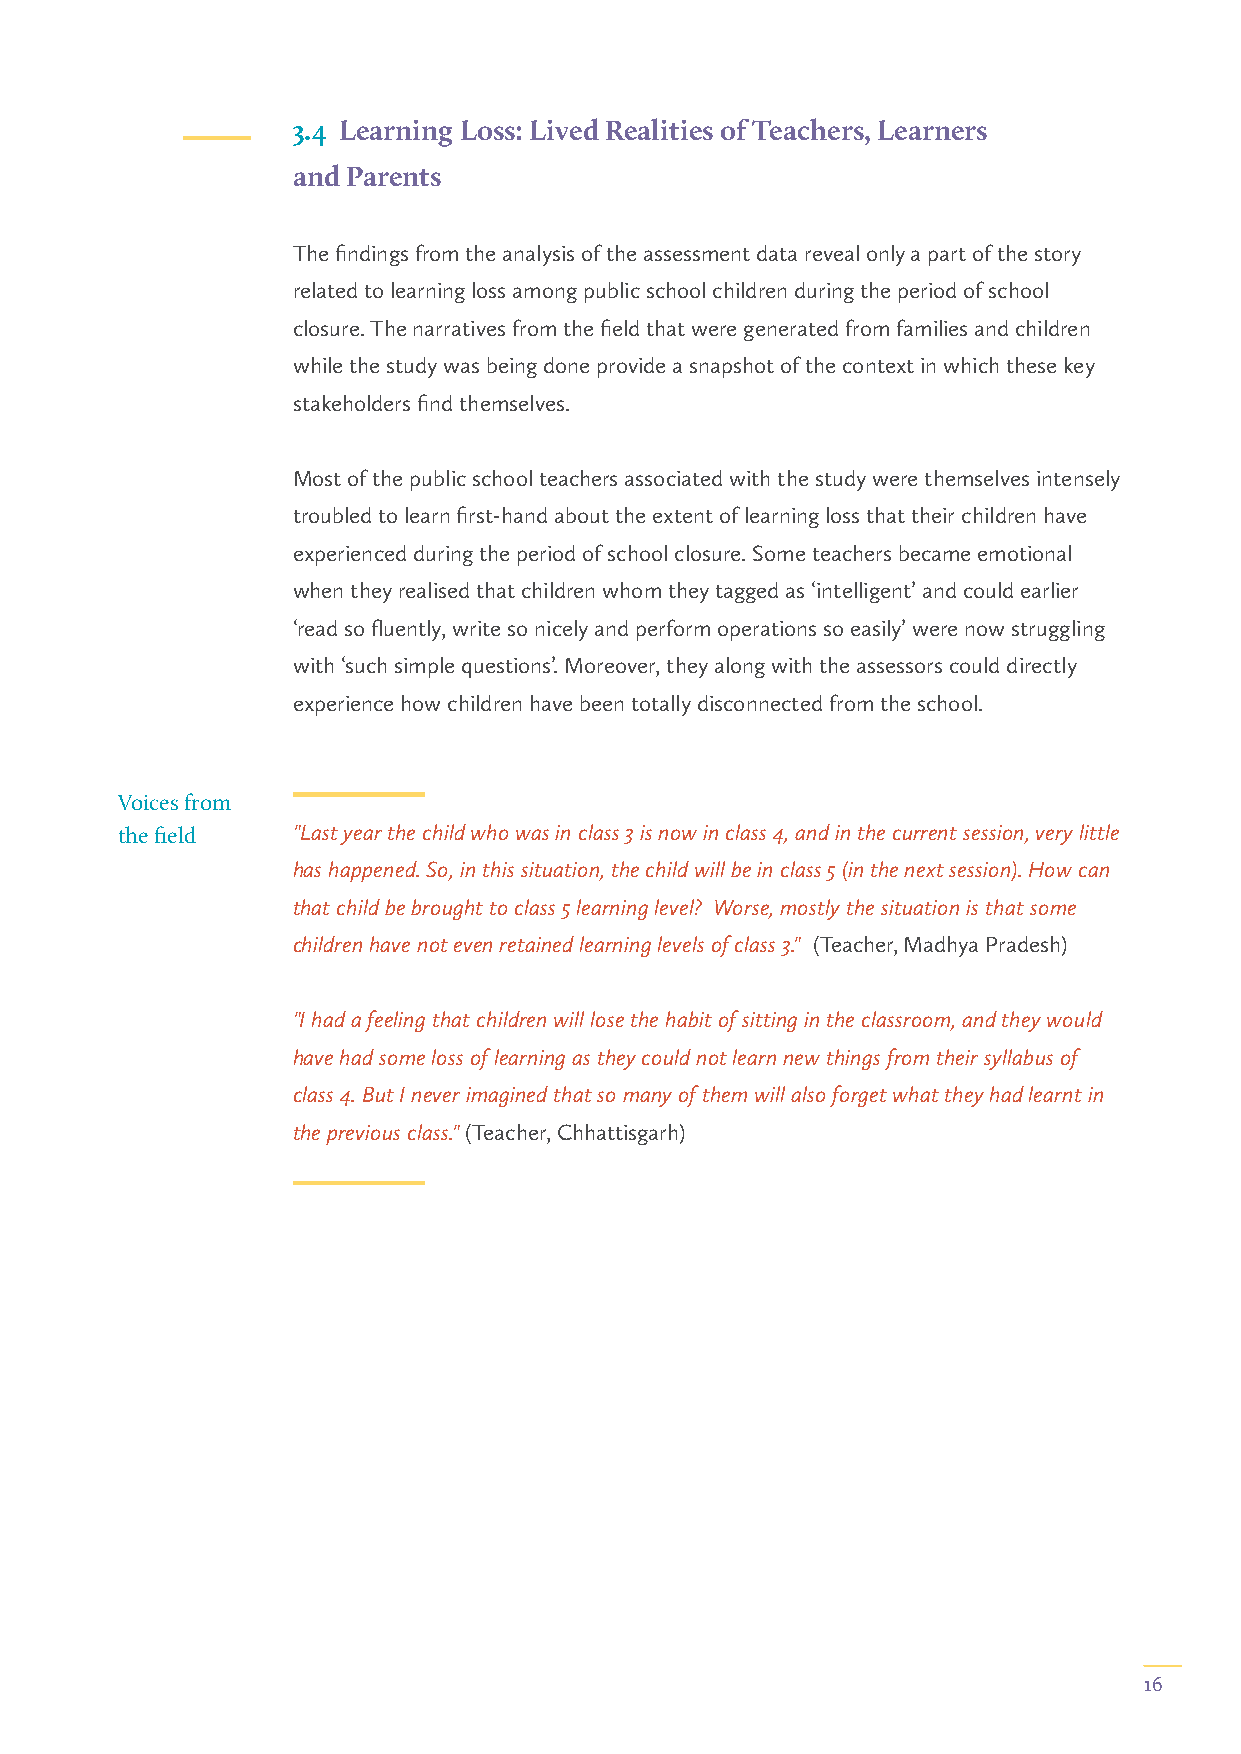
3.4 Learning Loss: Lived Realities of Teachers, Learners
 and Parents
 The findings from the analysis of the assessment data reveal only a part of the story
 related to learning loss among public school children during the period of school
 closure. The narratives from the field that were generated from families and children
 while the study was being done provide a snapshot of the context in which these key
 stakeholders find themselves.
 Most of the public school teachers associated with the study were themselves intensely
 troubled to learn first-hand about the extent of learning loss that their children have
 experienced during the period of school closure. Some teachers became emotional
 when they realised that children whom they tagged as ‘intelligent’ and could earlier
 ‘read so fluently, write so nicely and perform operations so easily’ were now struggling
 with ‘such simple questions’. Moreover, they along with the assessors could directly
 experience how children have been totally disconnected from the school.
 Voices from
 the field  "Last year the child who was in class 3 is now in class 4, and in the current session, very little
 has happened. So, in this situation, the child will be in class 5 (in the next session). How can
 that child be brought to class 5 learning level? Worse, mostly the situation is that some
 children have not even retained learning levels of class 3." (Teacher, Madhya Pradesh)
 "I had a feeling that children will lose the habit of sitting in the classroom, and they would
 have had some loss of learning as they could not learn new things from their syllabus of
 class 4. But I never imagined that so many of them will also forget what they had learnt in
 the previous class." (Teacher, Chhattisgarh)
 16